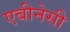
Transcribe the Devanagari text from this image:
एबीनेसी